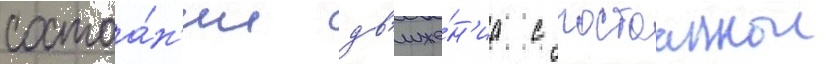
состоа́н'ии дв'иже́н'иа с постоаннои